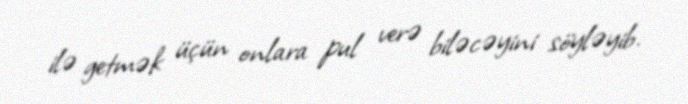
ilə getmək üçün onlara pul verə biləcəyini söyləyib.